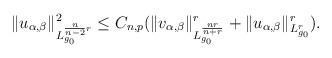
LaTeX: \begin{align*}\Vert u_{\alpha, \beta} \Vert^{2}_{L_{g_{0}}^{\frac{n}{n-2}r}}\leq C_{n,p}(\Vert v_{\alpha, \beta} \Vert^{r}_{L_{g_{0}}^{\frac{nr}{n+r}}}+\Vert u_{\alpha, \beta} \Vert^{r}_{L_{g_{0}}^{r}}).\end{align*}